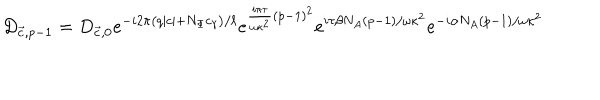
D _ { { \vec { c } } , p - 1 } = D _ { { \vec { c } } , 0 } e ^ { - i 2 \pi \left( q \mid c \mid + N _ { \Phi } c _ { \gamma } \right) / \ell } e ^ { \frac { i \pi \tau } { \omega \kappa ^ { 2 } } \left( p - 1 \right) ^ { 2 } } e ^ { i \tau \beta N _ { A } \left( p - 1 \right) / { \omega \kappa ^ { 2 } } } e ^ { - i \alpha N _ { A } \left( p - 1 \right) / { \omega \kappa ^ { 2 } } }